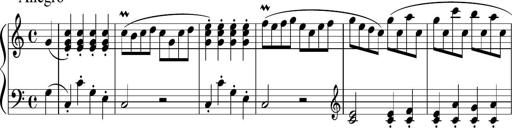
Title: 12 Keyboard Sonatinas
Composer: James Hook